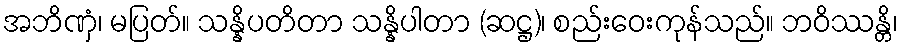
အဘိဏှံ၊ မပြတ်။ သန္နိပတိတာ သန္နိပါတာ (ဆဋ္ဌ)၊ စည်းဝေးကုန်သည်။ ဘဝိဿန္တိ၊